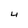
Character: 4